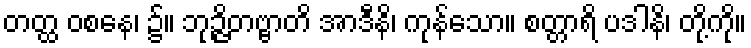
တတ္ထ ဝစနေ၊ ၌။ ဘုဉ္ဇိတဗ္ဗာတိ အာဒီနိ၊ ကုန်သော။ စတ္တာရိ ပဒါနိ၊ တို့ကို။